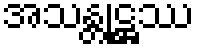
အသန္တုဋ္ဌဿ